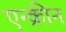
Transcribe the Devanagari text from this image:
एन्क्रीन